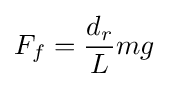
F_{f}={d_{r} \over L}mg